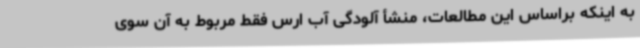
به اینکه براساس این مطالعات، منشأ آلودگی آب ارس فقط مربوط به آن سوی